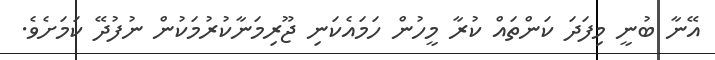
އޭނާ ބުނީ މިފަދަ ކަންތައް ކުރާ މީހުން ހަމައެކަނި ޖޫރިމަނާކުރުމަކުން ނުފުދޭ ކަމަށެވެ.